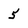
Character: 5